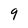
Character: q